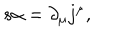
s \alpha = \partial _ { \mu } j ^ { \mu } ,